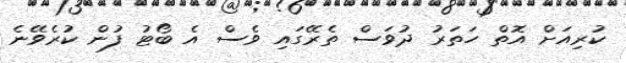
ކުރިއަށް އޮތް ހަތަރު ދުވަސް ތެރޭގައި ވެސް އެ ބޯޓު ފުން ކުރެވޭނެ